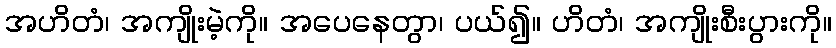
အဟိတံ၊ အကျိုးမဲ့ကို။ အပေနေတွာ၊ ပယ်၍။ ဟိတံ၊ အကျိုးစီးပွားကို။